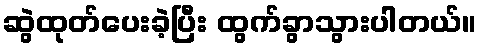
ဆွဲထုတ်ပေးခဲ့ပြီး ထွက်ခွာသွားပါတယ်။